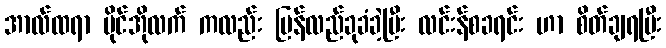
အာလ်ထရာ ဗိုင်အိုလက် ကလည်း ပြန်လည်ခုခံခဲ့ပြီး လင်းန်စခရင်း ဟာ စိတ်ချရပြီး